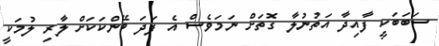
ސަބަބަކީ ފާއިދާ އަތުނުލާ ގޮތަށް ނަމަވެސް އެ ފަދަ ބޭންކަކަށް ލާރި ލުމަކީ